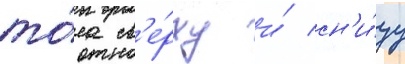
то́на св'е́рху и́ сн'и́зу